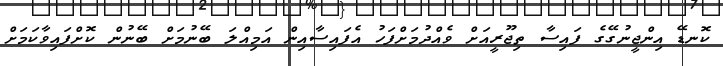
ކޮނޑޭ އިންޖީނުގޭގެ ފައިސާ ތިޖޫރީއަށް ވެއްދުމަށްފަހު އެފައިސާއިން އަމިއްލަ ބޭނުމަށް ބޭނުން ކޮށްފައިވާކަމަށް